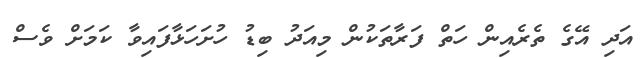
އަދި އޭގެ ތެރެއިން ހަތް ފަރާތަކުން މިއަދު ބިޑު ހުށަހަޅާފައިވާ ކަމަށް ވެސް